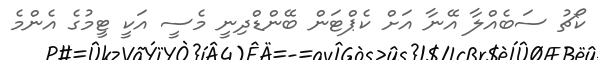
ކޯޗު ސަބެއްލާ އޭނާ އަށް ކެޕްޓަން ބޭންޑްދިނީ މެސީ އަކީ ޓީމުގެ އެންމެ